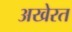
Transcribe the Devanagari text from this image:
अखेरत